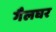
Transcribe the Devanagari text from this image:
गैलघर